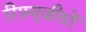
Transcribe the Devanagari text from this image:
रिफ़्यूजीयों